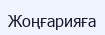
Жоңғарияға